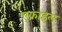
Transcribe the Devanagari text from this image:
एक्राइल